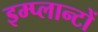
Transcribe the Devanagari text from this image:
इम्प्लान्टों